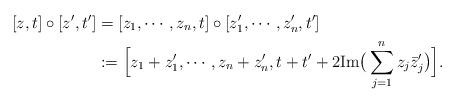
LaTeX: \begin{align*}[z,t]\circ [z', t']&=[z_{1},\cdots,z_{n}, t] \circ [z_{1}',\cdots,z_{n}', t']\\&: =\Big[z_{1}+z_{1}',\cdots, z_{n}+z_{n}',t+t'+2 \mbox{Im} \big(\sum_{j=1}^{n}z_{j} \bar{z}'_{j}\big) \Big].\end{align*}